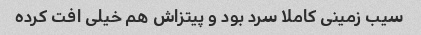
سیب زمینی کاملا سرد بود و پیتزاش هم خیلی افت کرده